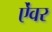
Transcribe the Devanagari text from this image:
ऐंवर